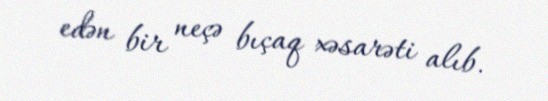
edən bir neçə bıçaq xəsarəti alıb.